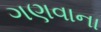
ગણવાના